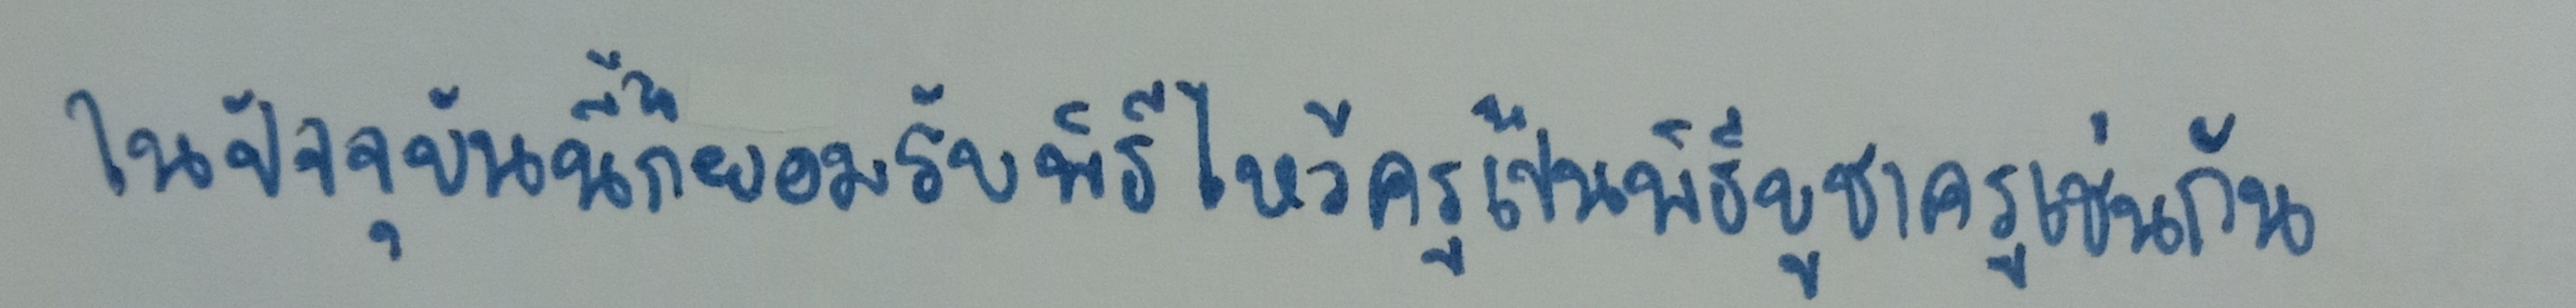
ในปัจจุบันนี้ก็ย่อมรับพิธีไหว้ครูเป็นพิธีบูชาครูเช่นกัน